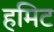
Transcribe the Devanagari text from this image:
हमिट